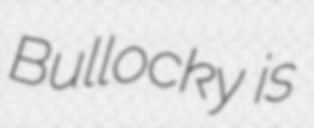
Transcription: Bullocky is